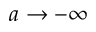
a \rightarrow - \infty